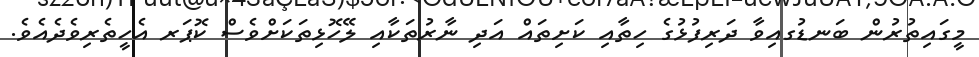
މީގައިތުރުން ބަނޑުގއިވާ ދަރިފުޅުގެ ހިތާއި ކަށިތައް އަދި ނާރުތަކާއި ލޭހޮޅިތަކަށްވެސް ކޮޕަރ އެހީތެރިވެދެއެވެ.